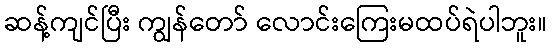
ဆန့်ကျင်ပြီး ကျွန်တော် လောင်းကြေးမထပ်ရဲပါဘူး။